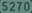
5270